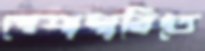
পেশাদারিতে